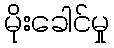
မိုးခေါင်မှု